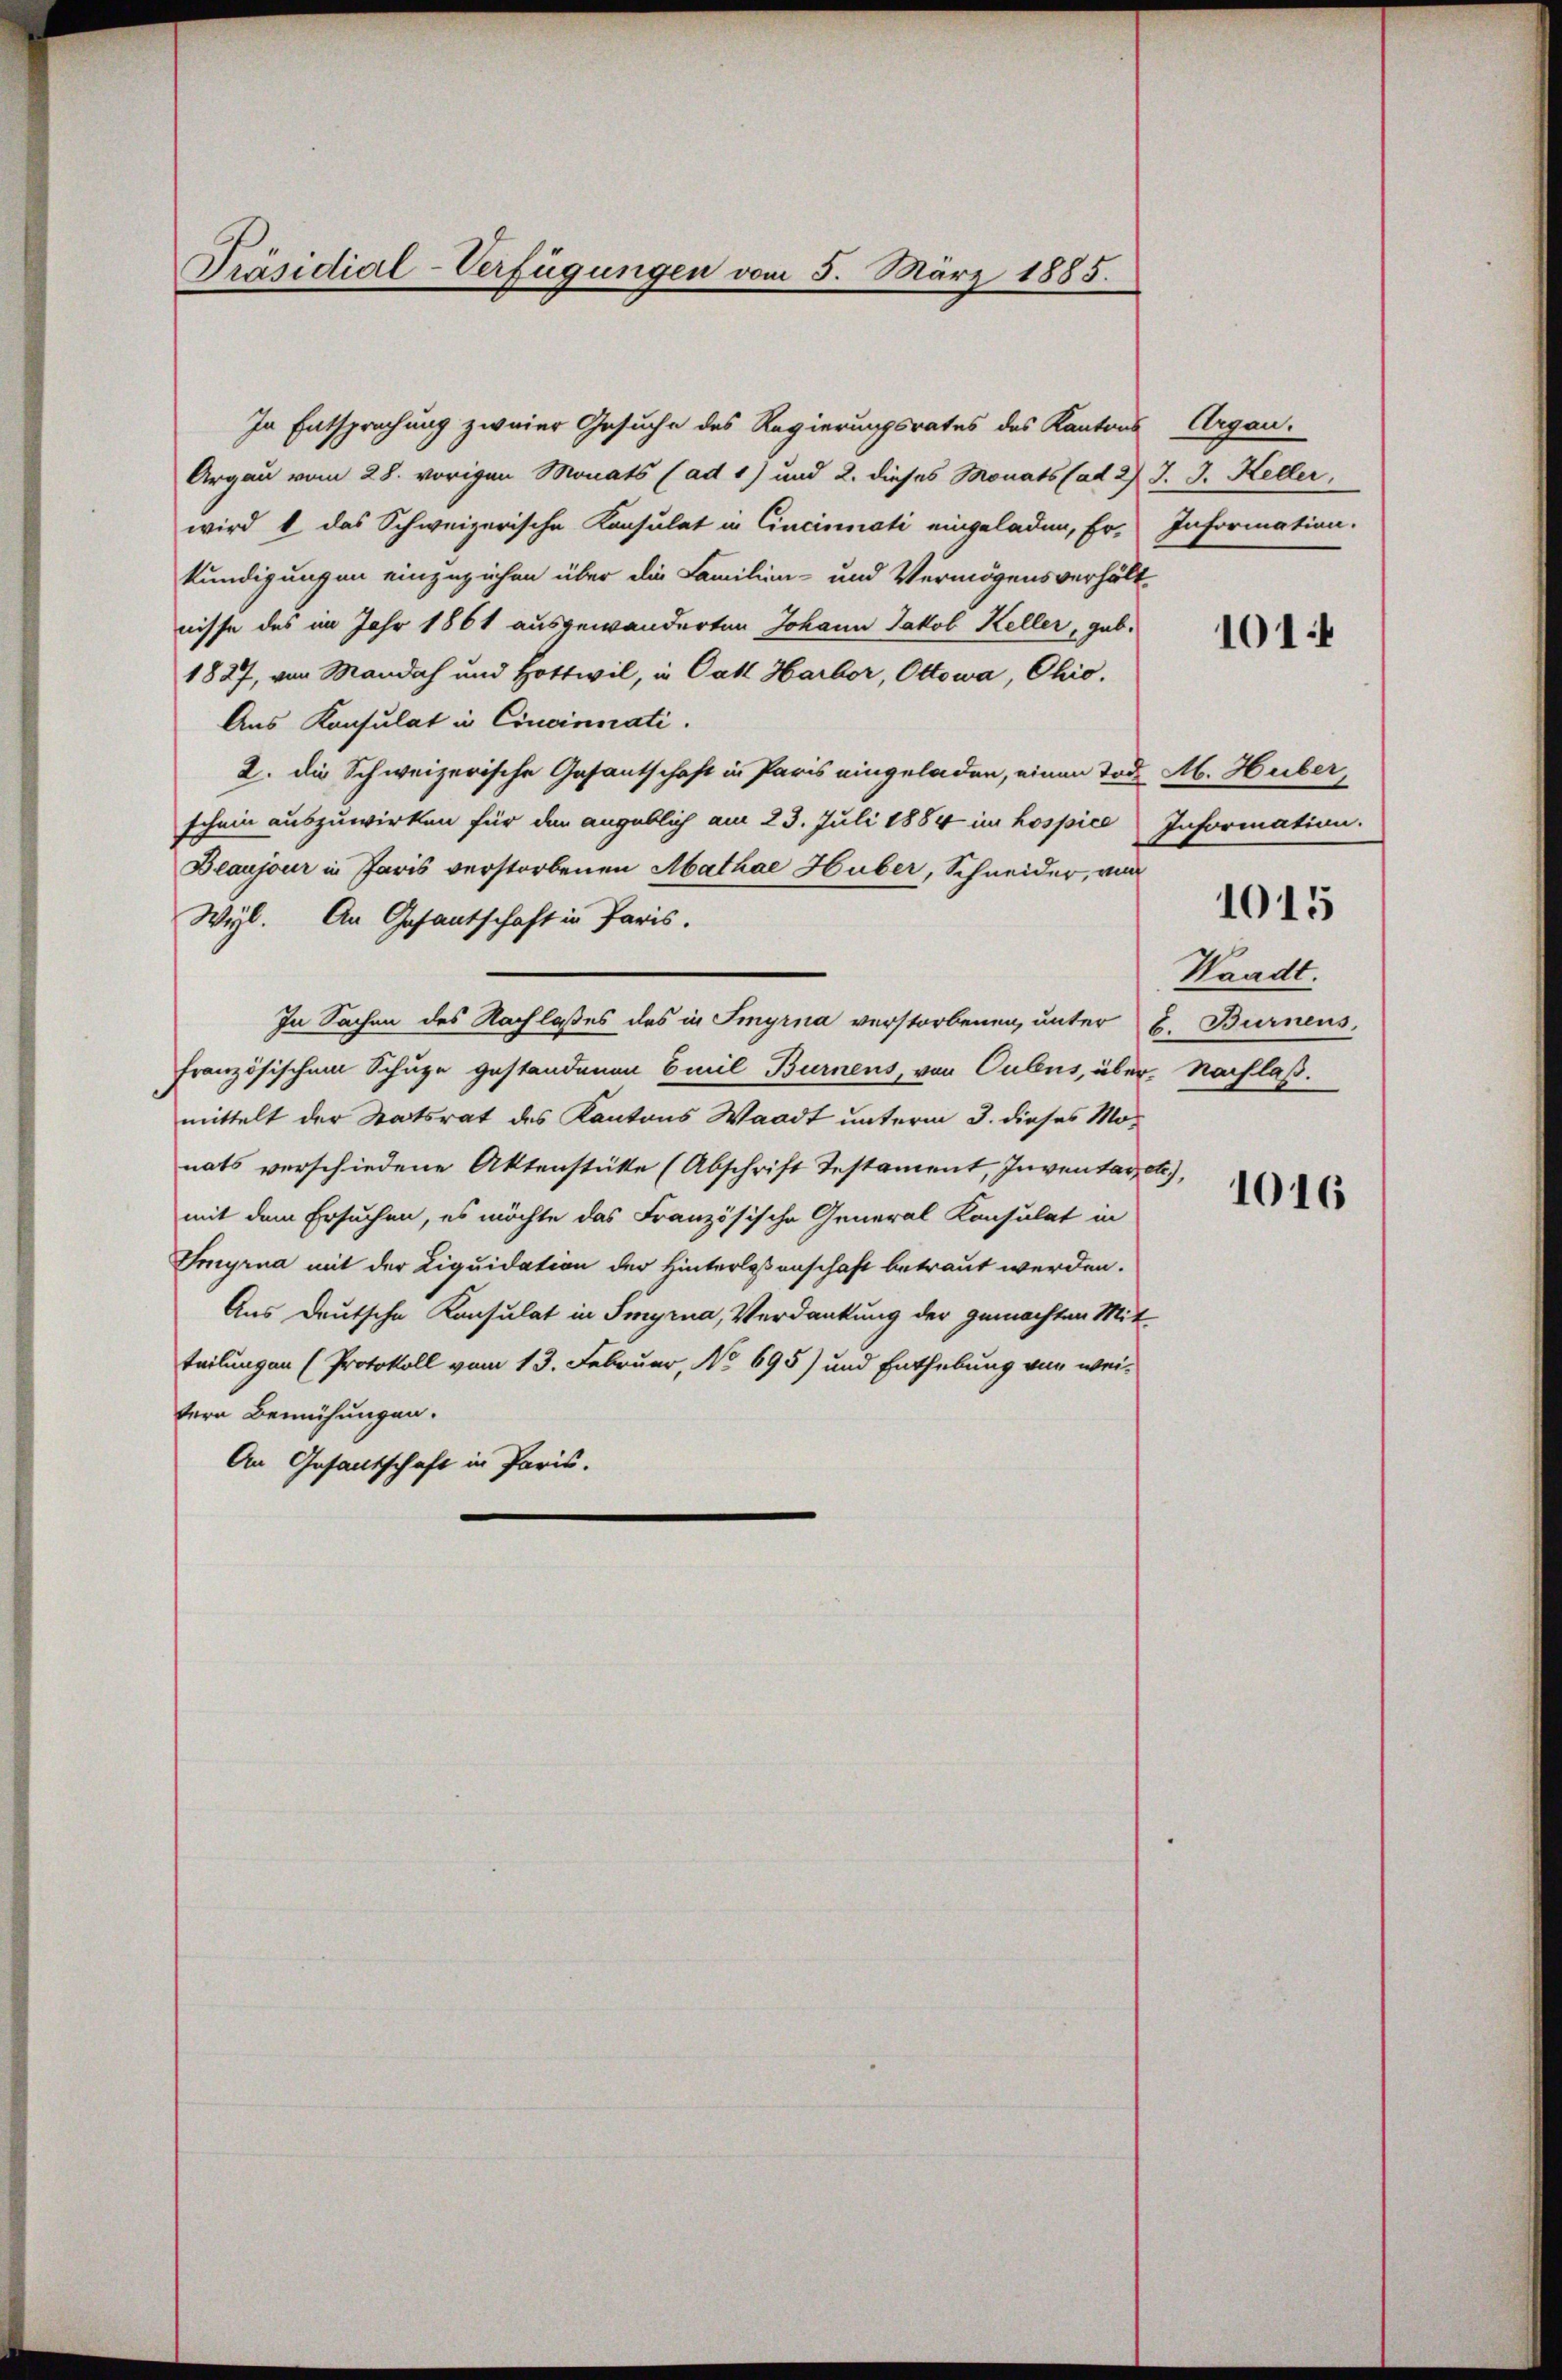
Präsidial-Verfügungen vom 5. März 1885.

In Entsprechung zweier Gesuche des Regierungsrates des Kantons Argau.
Argau vom 28. vorigen Monats (ad 1) und 2. dieses Monats (ad 2.) J. J. Keller
wird & das Schweizerische Konsulat in Cincinati eingeladen, Er, Information.
kundigungen einzuziehen über die Familien- und Vermögensverhältnisse des im Jahr 1861 ausgewanderten Johann Jakob Keller, gab.
1827, von Mandah und Hottwil, in Catt Harbor, Ottowa, Chio.
Aus Konsulat in Cincinnati
2. die Schweizerische Gesantschaft in Paris eingeladen, einen Tod. M. Huber,
schein auszuwirken für den angeblich am 23. Juli 1884 im hospice Information.
Beaujour in Paris verstorbenen Mathae Huber, Schneider, von
Wyl. An Gesantschaft in Paris.
In Sachen des Nachlaßes des in Imyrna verstorbenen, unter B. Burnens,
französischen Schuze gestandenen Emil Burnens, von Cubus, über. Nachlaß.
mittelt der Statsrat des Kantons Waadt unterm 3. dieses Monats verschiedene Aktenstätte (Abschrift Testament, Inventar etc.),
mit dem Ersuchen, es möchte das Französische General Konsulat in
Smyrna mit der Liquidation der Hinterlassenschaft betraut werden.
Aus deutsche Konsulat in Smyrna, Verdankung der gemachten Mit-
teilungen (Protokoll vom 13. Februar, No 695) und Enthebung von wei-
tern Bemühungen.
An Gesantschaft in Paris.

101:

1015
Waadt.

1016